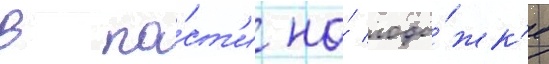
в па́ст'и на́ лоды́жк'е